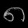
Digit: ၈